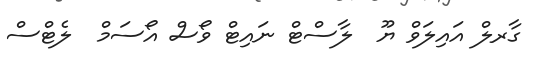
ގާރލް އައިލަވް ޔޫ  ލާސްޓް ނައިޓް ވޯސް އޯސަމް  ލެޓްސް